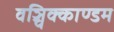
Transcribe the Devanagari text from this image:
वञ्चिक्काण्डम